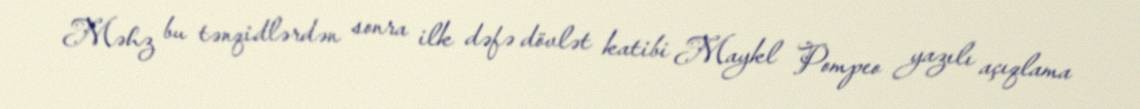
Məhz bu tənqidlərdən sonra ilk dəfə dövlət katibi Maykl Pompeo yazılı açıqlama